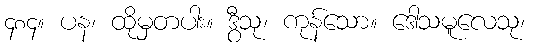
၄၈၄။ ပန၊ ထိုမှတပါး။ ဒွီသု၊ ကုန်သော။ ဒေါသမူလေသု၊